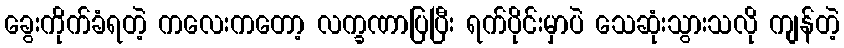
ခွေးကိုက်ခံရတဲ့ ကလေးကတော့ လက္ခဏာပြပြီး ရက်ပိုင်းမှာပဲ သေဆုံးသွားသလို ကျန်တဲ့